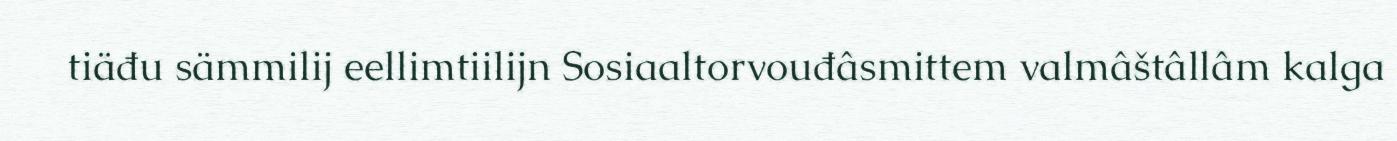
tiäđu sämmilij eellimtiilijn Sosiaaltorvouđâsmittem valmâštâllâm kalga